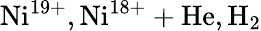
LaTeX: \mathrm{Ni^{19+},Ni^{18+}+He,H_{2}}